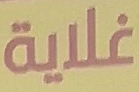
غلاية